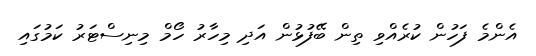
އެންމެ ފަހުން ކުރެއްވި ތިން ބޭފުޅުން އަދި މިހާރު ހޯމް މިނިސްޓަރު ކަމުގައި